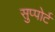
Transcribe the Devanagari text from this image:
सुप्पोर्ट